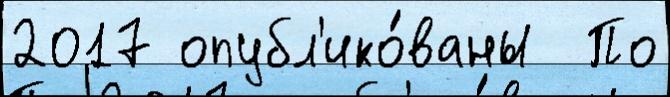
2017 опубл'ико́ваны  По